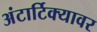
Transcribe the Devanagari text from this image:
अंटार्टिक्यावर